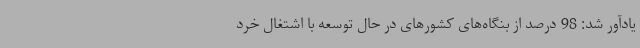
یادآور شد: 98 درصد از بنگاه‌های کشورهای در حال توسعه با اشتغال خرد